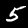
Digit: 5